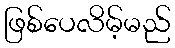
ဖြစ်ပေလိမ့်မည်